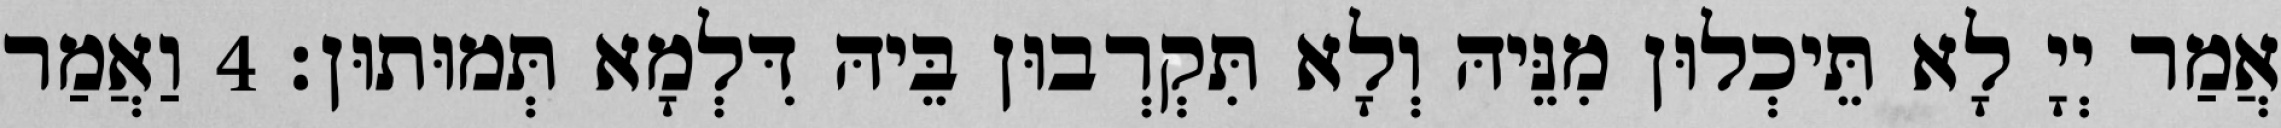
אֲמַר יְיָ לָא תֵּיכְלוּן מִנֵּיהּ וְלָא תִּקְרְבוּן בֵּיהּ דִּלְמָא תְּמוּתוּן׃ 4 וַאֲמַר